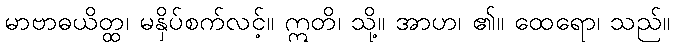
မာဗာဓယိတ္ထ၊ မနှိပ်စက်လင့်။ ဣတိ၊ သို့။ အာဟ၊ ၏။ ထေရော၊ သည်။